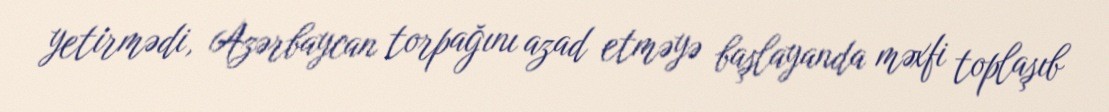
yetirmədi, Azərbaycan torpağını azad etməyə başlayanda məxfi toplaşıb